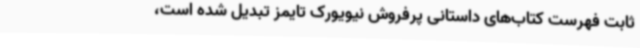
ثابت فهرست کتاب‌های داستانی پرفروش نیویورک‌ تایمز تبدیل شده است،